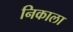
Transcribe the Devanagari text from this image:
निकाला